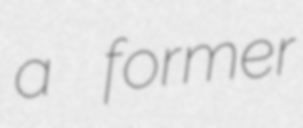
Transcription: a former